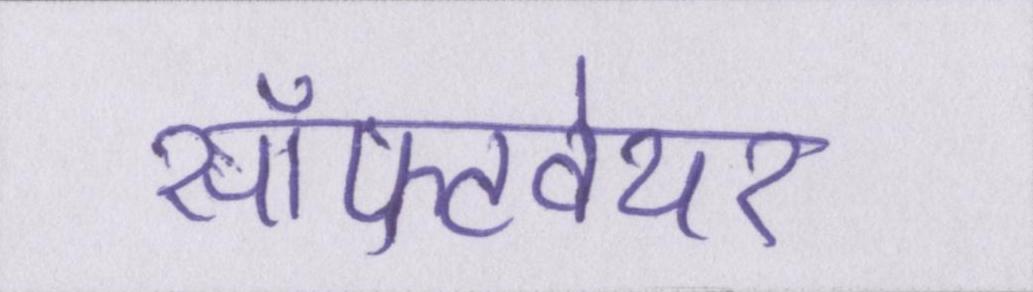
सॉफ्टवेयर